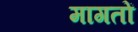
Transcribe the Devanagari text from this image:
मागतों